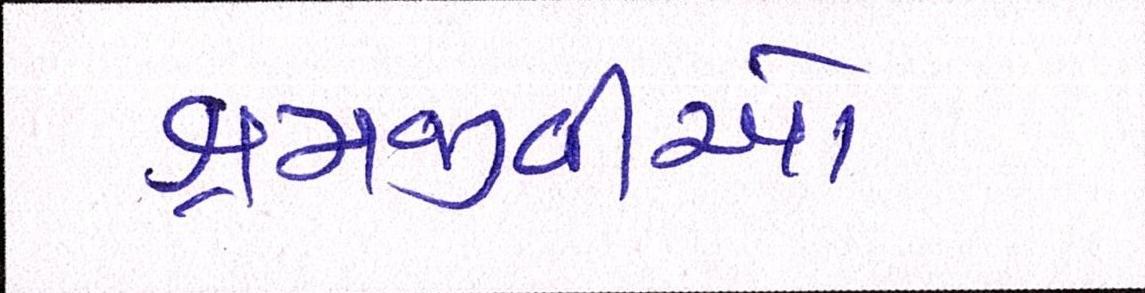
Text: શ્રમજીવીઓ